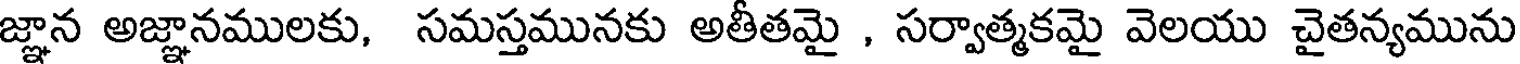
జ్ఞాన అజ్ఞానములకు, సమస్తమునకు అతీతమై , సర్వాత్మకమై వెలయు చైతన్యమును